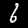
Label: 6